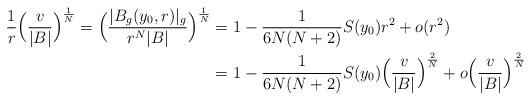
LaTeX: \begin{align*}\frac{1}{r} \Bigl(\frac{v}{ |B|}\Bigr)^{\frac{1}{N}}=\Bigl(\frac{|B_g(y_0,r)|_g}{r^{N} |B|}\Bigr)^{\frac{1}{N}}&= 1 - \frac{1}{6N(N+2)}S(y_0)r^2+o(r^2)\\&= 1 -\frac{1}{6N(N+2)}S(y_0)\Bigl(\frac{v}{|B|}\Bigr)^{\frac{2}{N}}+o\Bigl(\frac{v}{|B|}\Bigr)^{\frac{2}{N}}\end{align*}